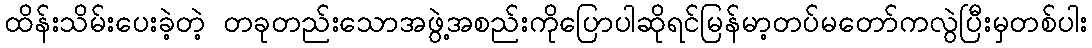
ထိန်းသိမ်းပေးခဲ့တဲ့ တခုတည်းသောအဖွဲ့အစည်းကိုပြောပါဆိုရင်မြန်မာ့တပ်မတော်ကလွဲပြီးမှတစ်ပါး